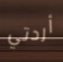
أردتي